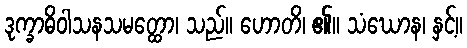
ဒုက္ခာဓိဝါသနသမတ္ထော၊ သည်။ ဟောတိ၊ ၏။ သံဃောန၊ နှင့်။